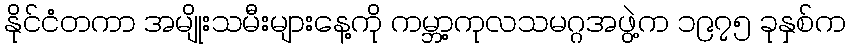
နိုင်ငံတကာ အမျိုးသမီးများနေ့ကို ကမ္ဘာ့ကုလသမဂ္ဂအဖွဲ့က ၁၉၇၅ ခုနှစ်က